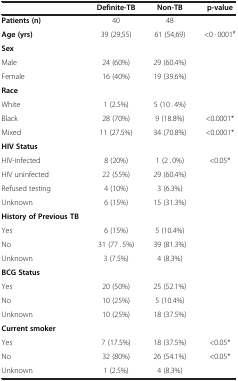
|  | Definite-TB | Non-TB | p-value |
 | --- | --- | --- | --- |
 | Patients (n) | 40 | 48 |  |
 | Age (yrs) | 39 (29,55) | 61 (54,69) | <0 · 0001# |
 | Sex |  |  |  |
 | Male | 24 (60%) | 29 (60.4%) |  |
 | Female | 16 (40%) | 19 (39.6%) |  |
 | Race |  |  |  |
 | White | 1 (2.5%) | 5 (10 . 4%) |  |
 | Black | 28 (70%) | 9 (18.8%) | <0.0001* |
 | Mixed | 11 (27.5%) | 34 (70.8%) | <0.0001* |
 | HIV Status |  |  |  |
 | HIV-infected | 8 (20%) | 1 (2 . 0%) | <0.05* |
 | HIV uninfected | 22 (55%) | 29 (60.4%) |  |
 | Refused testing | 4 (10%) | 3 (6.3%) |  |
 | Unknown | 6 (15%) | 15 (31.3%) |  |
 | History of Previous TB |  |  |  |
 | Yes | 6 (15%) | 5 (10.4%) |  |
 | No | 31 (77 . 5%) | 39 (81.3%) |  |
 | Unknown | 3 (7.5%) | 4 (8.3%) |  |
 | BCG Status |  |  |  |
 | Yes | 20 (50%) | 25 (52.1%) |  |
 | No | 10 (25%) | 5 (10.4%) |  |
 | Unknown | 10 (25%) | 18 (37.5%) |  |
 | Current smoker |  |  |  |
 | Yes | 7 (17.5%) | 18 (37.5%) | <0.05* |
 | No | 32 (80%) | 26 (54.1%) | <0.05* |
 | Unknown | 1 (2.5%) | 4 (8.3%) |  |